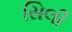
સિલી